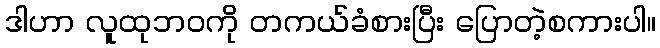
ဒါဟာ လူထုဘဝကို တကယ်ခံစားပြီး ပြောတဲ့စကားပါ။